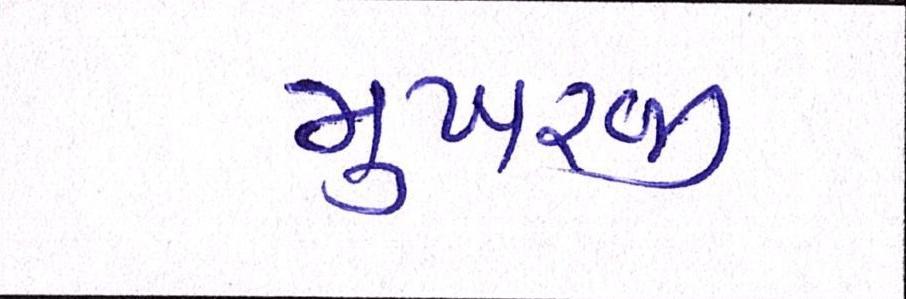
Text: મુખરજી